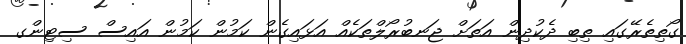
ގޯތިތެރޭގައި ތިބި ދެކުދިން އަތަށް ޖަނބުރޯލްތަކެއް އަޅައިގެން ކަމުން ކަމުން އައިސް ސިޓިންގ